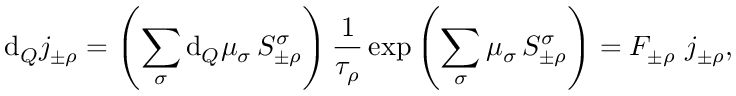
\mathrm { d } _ { Q } j _ { \pm \rho } ^ { \mathrm { \, } } = \left( \sum _ { \sigma } \mathrm { d } _ { Q } \mu _ { \sigma } ^ { \mathrm { \, } } \, S _ { \pm \rho } ^ { \sigma } \right) \frac { 1 } { \tau _ { \rho } } \exp \left( \sum _ { \sigma } \mu _ { \sigma } ^ { \mathrm { \, } } \, S _ { \pm \rho } ^ { \sigma } \right) = F _ { \pm \rho } ~ j _ { \pm \rho } ^ { \mathrm { \, } } ,